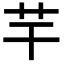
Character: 芉